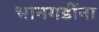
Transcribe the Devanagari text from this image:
भानगडींना